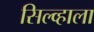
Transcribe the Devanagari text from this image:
सिल्व्हाला